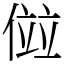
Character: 傡